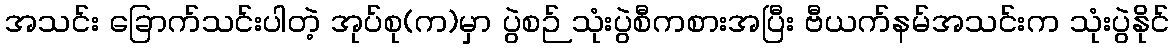
အသင်း ခြောက်သင်းပါတဲ့ အုပ်စု(က)မှာ ပွဲစဉ် သုံးပွဲစီကစားအပြီး ဗီယက်နမ်အသင်းက သုံးပွဲနိုင်